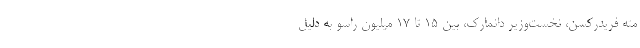
مته فریدرکسن، نخست‌وزیر دانمارک، بین ۱۵ تا ۱۷ میلیون راسو به دلیل